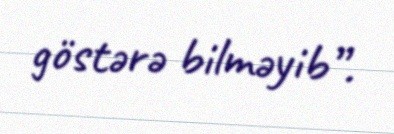
göstərə bilməyib”.